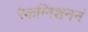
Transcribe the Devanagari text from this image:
रेकग्निशननं